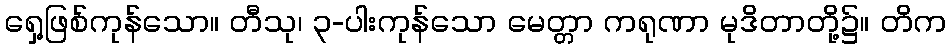
ရှေ့ဖြစ်ကုန်သော။ တီသု၊ ၃-ပါးကုန်သော မေတ္တာ ကရုဏာ မုဒိတာတို့၌။ တိက